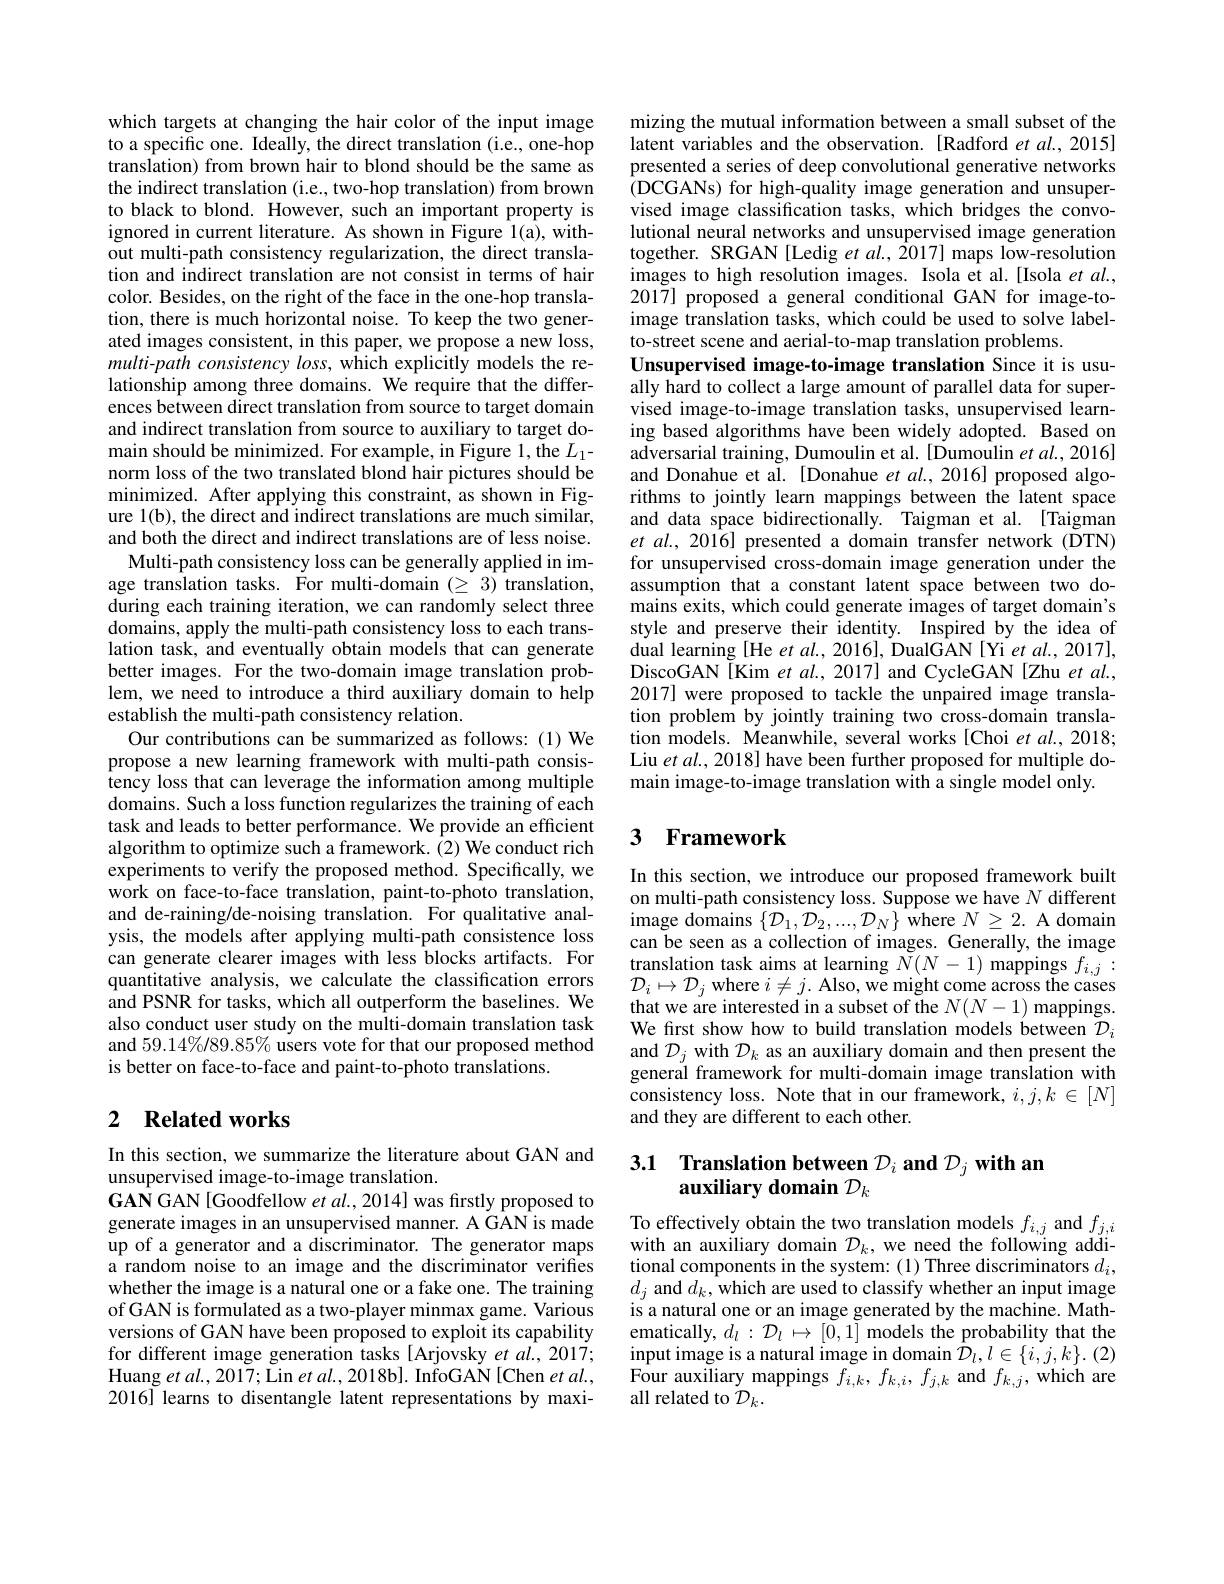
which targets at changing the hair color of the input image to a specific one. Ideally, the direct translation (i.e., one-hop translation) from brown hair to blond should be the same as the indirect translation (i.e., two-hop translation) from brown to black to blond. However, such an important property is ignored in current literature. As shown in Figure 1(a), without multi-path consistency regularization, the direct translation and indirect translation are not consist in terms of hair color. Besides, on the right of the face in the one-hop translation, there is much horizontal noise. To keep the two generated images consistent, in this paper, we propose a new loss, multi-path consistency loss, which explicitly models the relationship among three domains. We require that the differences between direct translation from source to target domain and indirect translation from source to auxiliary to target domain should be minimized. For example, in Figure 1, the $L_1-$ norm loss of the two translated blond hair pictures should be minimized. After applying this constraint, as shown in Figure 1(b), the direct and indirect translations are much similar, and both the direct and indirect translations are of less noise.
Multi-path consistency loss can be generally applied in image translation tasks. For multi-domain $(\geq3)$ translation, during each training iteration, we can randomly select three domains, apply the multi-path consistency loss to each translation task, and eventually obtain models that can generate better images. For the two-domain image translation problem, we need to introduce a third auxiliary domain to help establish the multi-path consistency relation.
Our contributions can be summarized as follows: (1) We propose a new learning framework with multi-path consistency loss that can leverage the information among multiple domains. Such a loss function regularizes the training of each task and leads to better performance. We provide an efficient algorithm to optimize such a framework. (2) We conduct rich experiments to verify the proposed method. Specifically, we work on face-to-face translation, paint-to-photo translation, and de-raining/de-noising translation. For qualitative analysis, the models after applying multi-path consistence loss can generate clearer images with less blocks artifacts. For can generate clearer images with less blocks artifacts. For translation task aims at learming $\bar{N}(N-1)$ mappings $f_{i,j}:$quantitative analysis, we calculate the classification errors $\mathcal{D}_i\mapsto\mathcal{D}_j$ where $i\neq j.$ Also,we might come across the cases a
also conduct user study on the multi-domain translation task and $59.14\%/89.85\%$ users vote for that our proposed method is better on face-to-face and paint-to-photo translations.

## 2 $\textbf{Related works}$

In this section, we summarize the literature about GAN and
unsupervised image-to-image translation.
GAN GAN [Goodfellow et al., 2014] was firstly proposed to generate images in an unsupervised manner. A GAN is made up of a generator and a discriminator. The generator maps a random noise to an image and the discriminator verifies whether the image is a natural one or a fake one. The training of GAN is formulated as a two-player minmax game. Various versions of GAN have been proposed to exploit its capability for different image generation tasks [Arjovsky et al., 2017; Huang et $al.,2017;$Lin $etal.,2018$b]. InfoGAN[Chen $etal.$, 2016] learns to disentangle latent representations by maxi-

mizing the mutual information between a small subset of the latent variables and the observation. [Radford et al., 2015] presented a series of deep convolutional generative networks (DCGANs) for high-quality image generation and unsupervised image classification tasks, which bridges the convolutional neural networks and unsupervised image generation together. SRGAN [Ledig et al., 2017] maps low-resolution images to high resolution images. Isola et al.[Isola et al., 2017] proposed a general conditional GAN for image-toimage translation tasks, which could be used to solve labelto-street scene and aerial-to-map translation problems
Unsupervised image-to-image translation Since it is usually hard to collect a large amount of parallel data for supervised image-to-image translation tasks, unsupervised learning based algorithms have been widely adopted. Based on adversarial training, Dumoulin et al. [Dumoulin et al., 2016] and Donahue et al. [Donahue et al., 2016] proposed algorithms to jointly learn mappings between the latent space and data space bidirectionally. Taigman et al. [Taigman $et$ al., 2016] presented a domain transfer network(DTN) for unsupervised cross-domain image generation under the assumption that a constant latent space between two domains exits, which could generate images of target domain's style and preserve their identity. Inspired by the idea of dual learning [He et $al.,2016]$, DualGAN [Yi et al., 2017], DiscoGAN[Kim et $al.,2017]$ and CycleGAN[Zhu et al., 2017] were proposed to tackle the unpaired image translation problem by jointly training two cross-domain translation models. Meanwhile, several works[Choi et al., 2018; Liu et al., 2018] have been further proposed for multiple domain image-to-image translation with a single model only.

## 3 Framework

In this section, we introduce our proposed framework built on multi-path consistency loss. Suppose we have $N$ different ${\hat{\text{image domains}}}\left\{{\mathcal{D}}_{1},{\mathcal{D}}_{2},...,{\mathcal{D}}_{N}\right\}{\hat{\text{where}}}N\geq2.{\text{A domain}}$ can be seen as a collection of images. Generally, the image We frst show how to build translation models between $\mathcal{D}_i$ and $\mathcal{D}_j$ with $\mathcal{D}_k$ as an auxiliary domain and then present the general framework for multi-domain image translation with consistency loss. Note that in our framework, $i,j,k\in[N]$ and they are different to each other.

# 3.1 Translation between $\mathcal{D}_i$ and $\mathcal{D}_j$ with an auxiliary domain $\mathcal{D}_k$

To effectively obtain the two translation models $f_{i,j}$ and $f_{j,i}$ with an auxiliary domain $\mathcal{D}_k$, we need the following additional components in the system: (1) Three discriminators $d_i$, $d_{j}$ and $d_k$,which are used to classify whether an input image is a natural one or an image generated by the machine. Mathematically, $d_l:\mathcal{D}_l\mapsto[\tilde{0},\tilde{1}]$ models the probability that the Four auxiliary mappings $f_{i, k}, f_{k, i}, f_{j, k}$ and $f_k,j$, which are all related to $\mathcal{D}_k.$